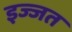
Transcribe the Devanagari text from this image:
इज्‍जत